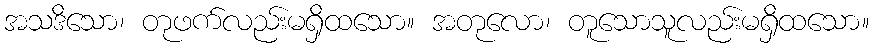
အသဒိသော၊ တုဖက်လည်းမရှိထသော။ အတုလော၊ တူသောသူလည်းမရှိထသော။